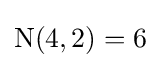
\operatorname {N} (4,2)=6